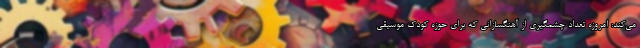
می‌کند: امروزه تعداد چشمگیری از آهنگسازانی که برای حوزه کودک موسیقی